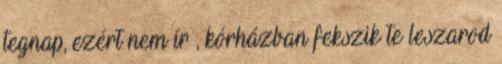
tegnap, ezért nem ír , kórházban fekszik te leszarod